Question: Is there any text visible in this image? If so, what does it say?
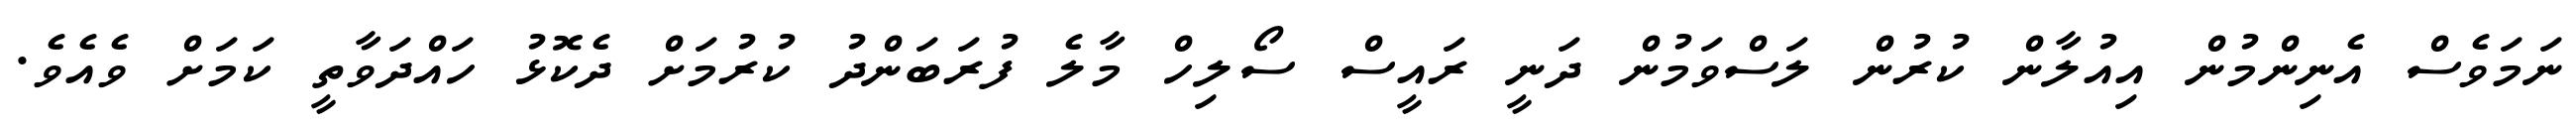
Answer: ނަމަވެސް އެނިންމުން އިއުލާން ކުރުން ލަސްވަމުން ދަނީ ރައީސް ސޯލިހް މާލެ ފުރަބަންދު ކުރުމަށް ދެކޮޅު ހައްދަވާތީ ކަމަށް ވެއެވެ.